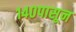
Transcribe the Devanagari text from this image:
१४०पासून